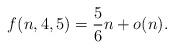
LaTeX: \begin{align*} f(n, 4, 5) = \frac 56 n + o(n).\end{align*}